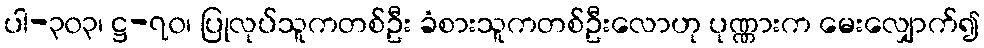
ပါ-၃၀၃၊ ဋ္ဌ-၇၀၊ ပြုလုပ်သူကတစ်ဦး ခံစားသူကတစ်ဦးလောဟု ပုဏ္ဏားက မေးလျှောက်၍